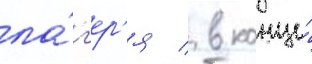
ла́г'ер'я / в конце́